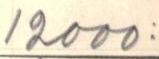
12000: